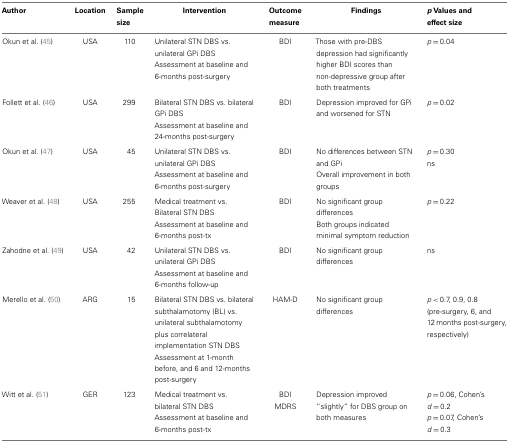
<table><thead><tr><td><b>Author</b></td><td><b>Location</b></td><td><b>Sample size</b></td><td><b>Intervention</b></td><td><b>Outcome measure</b></td><td><b>Findings</b></td><td><b><i>p</i> Values and effect size</b></td></tr></thead><tbody><tr><td>Okun et al. (45)</td><td>USA</td><td>110</td><td>Unilateral STN DBS vs. unilateral GPi DBS Assessment at baseline and 6-months post-surgery</td><td>BDI</td><td>Those with pre-DBS depression had significantly higher BDI scores than non-depressive group after both treatments</td><td><i>p</i> = 0.04</td></tr><tr><td>Follett et al. (46)</td><td>USA</td><td>299</td><td>Bilateral STN DBS vs. bilateral GPi DBS Assessment at baseline and 24-months post-surgery</td><td>BDI</td><td>Depression improved for GPi and worsened for STN</td><td><i>p</i> = 0.02</td></tr><tr><td>Okun et al. (47)</td><td>USA</td><td>45</td><td>Unilateral STN DBS vs. unilateral GPi DBS Assessment at baseline and 6-months post-surgery</td><td>BDI</td><td>No differences between STN and GPi Overall improvement in both groups</td><td><i>p</i> = 0.30 ns</td></tr><tr><td>Weaver et al. (48)</td><td>USA</td><td>255</td><td>Medical treatment vs. Bilateral STN DBS Assessment at baseline and 6-months post-tx</td><td>BDI</td><td>No significant group differences Both groups indicated minimal symptom reduction</td><td><i>p</i> = 0.22</td></tr><tr><td>Zahodne et al. (49)</td><td>USA</td><td>42</td><td>Unilateral STN DBS vs. unilateral GPi DBS Assessment at baseline and 6-months follow-up</td><td>BDI</td><td>No significant group differences</td><td>ns</td></tr><tr><td>Merello et al. (50)</td><td>ARG</td><td>15</td><td>Bilateral STN DBS vs. bilateral subthalamotomy (BL) vs. unilateral subthalamotomy plus correlateral implementation STN DBS Assessment at 1-month before, and 6 and 12-months post-surgery</td><td>HAM-D</td><td>No significant group differences</td><td><i>p</i> &lt; 0.7, 0.9, 0.8 (pre-surgery, 6, and 12 months post-surgery, respectively)</td></tr><tr><td>Witt et al. (51)</td><td>GER</td><td>123</td><td>Medical treatment vs. bilateral STN DBS Assessment at baseline and 6-months post-tx</td><td>BDI MDRS</td><td>Depression improved “slightly” for DBS group on both measures</td><td><i>p</i> = 0.06, Cohen’s <i>d</i> = 0.2 <i>p</i> = 0.07, Cohen’s <i>d</i> = 0.3</td></tr></tbody></table>